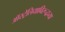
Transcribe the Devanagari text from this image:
ऑस्ट्रेलियाविरूद्धच्या